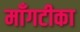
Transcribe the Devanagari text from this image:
माँगटीका